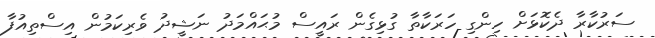
ސަރުކާރާ ދެކޮޅަށް ހިންގި ހަރަކާތާ ގުޅިގެން ރައީސް މުޙައްމަދު ނަޝީދު ވެރިކަމުން އިސްތިއުފާ